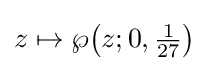
z\mapsto \wp {\bigl (}z;0,{\tfrac {1}{27}}{\bigr )}